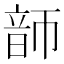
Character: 韴